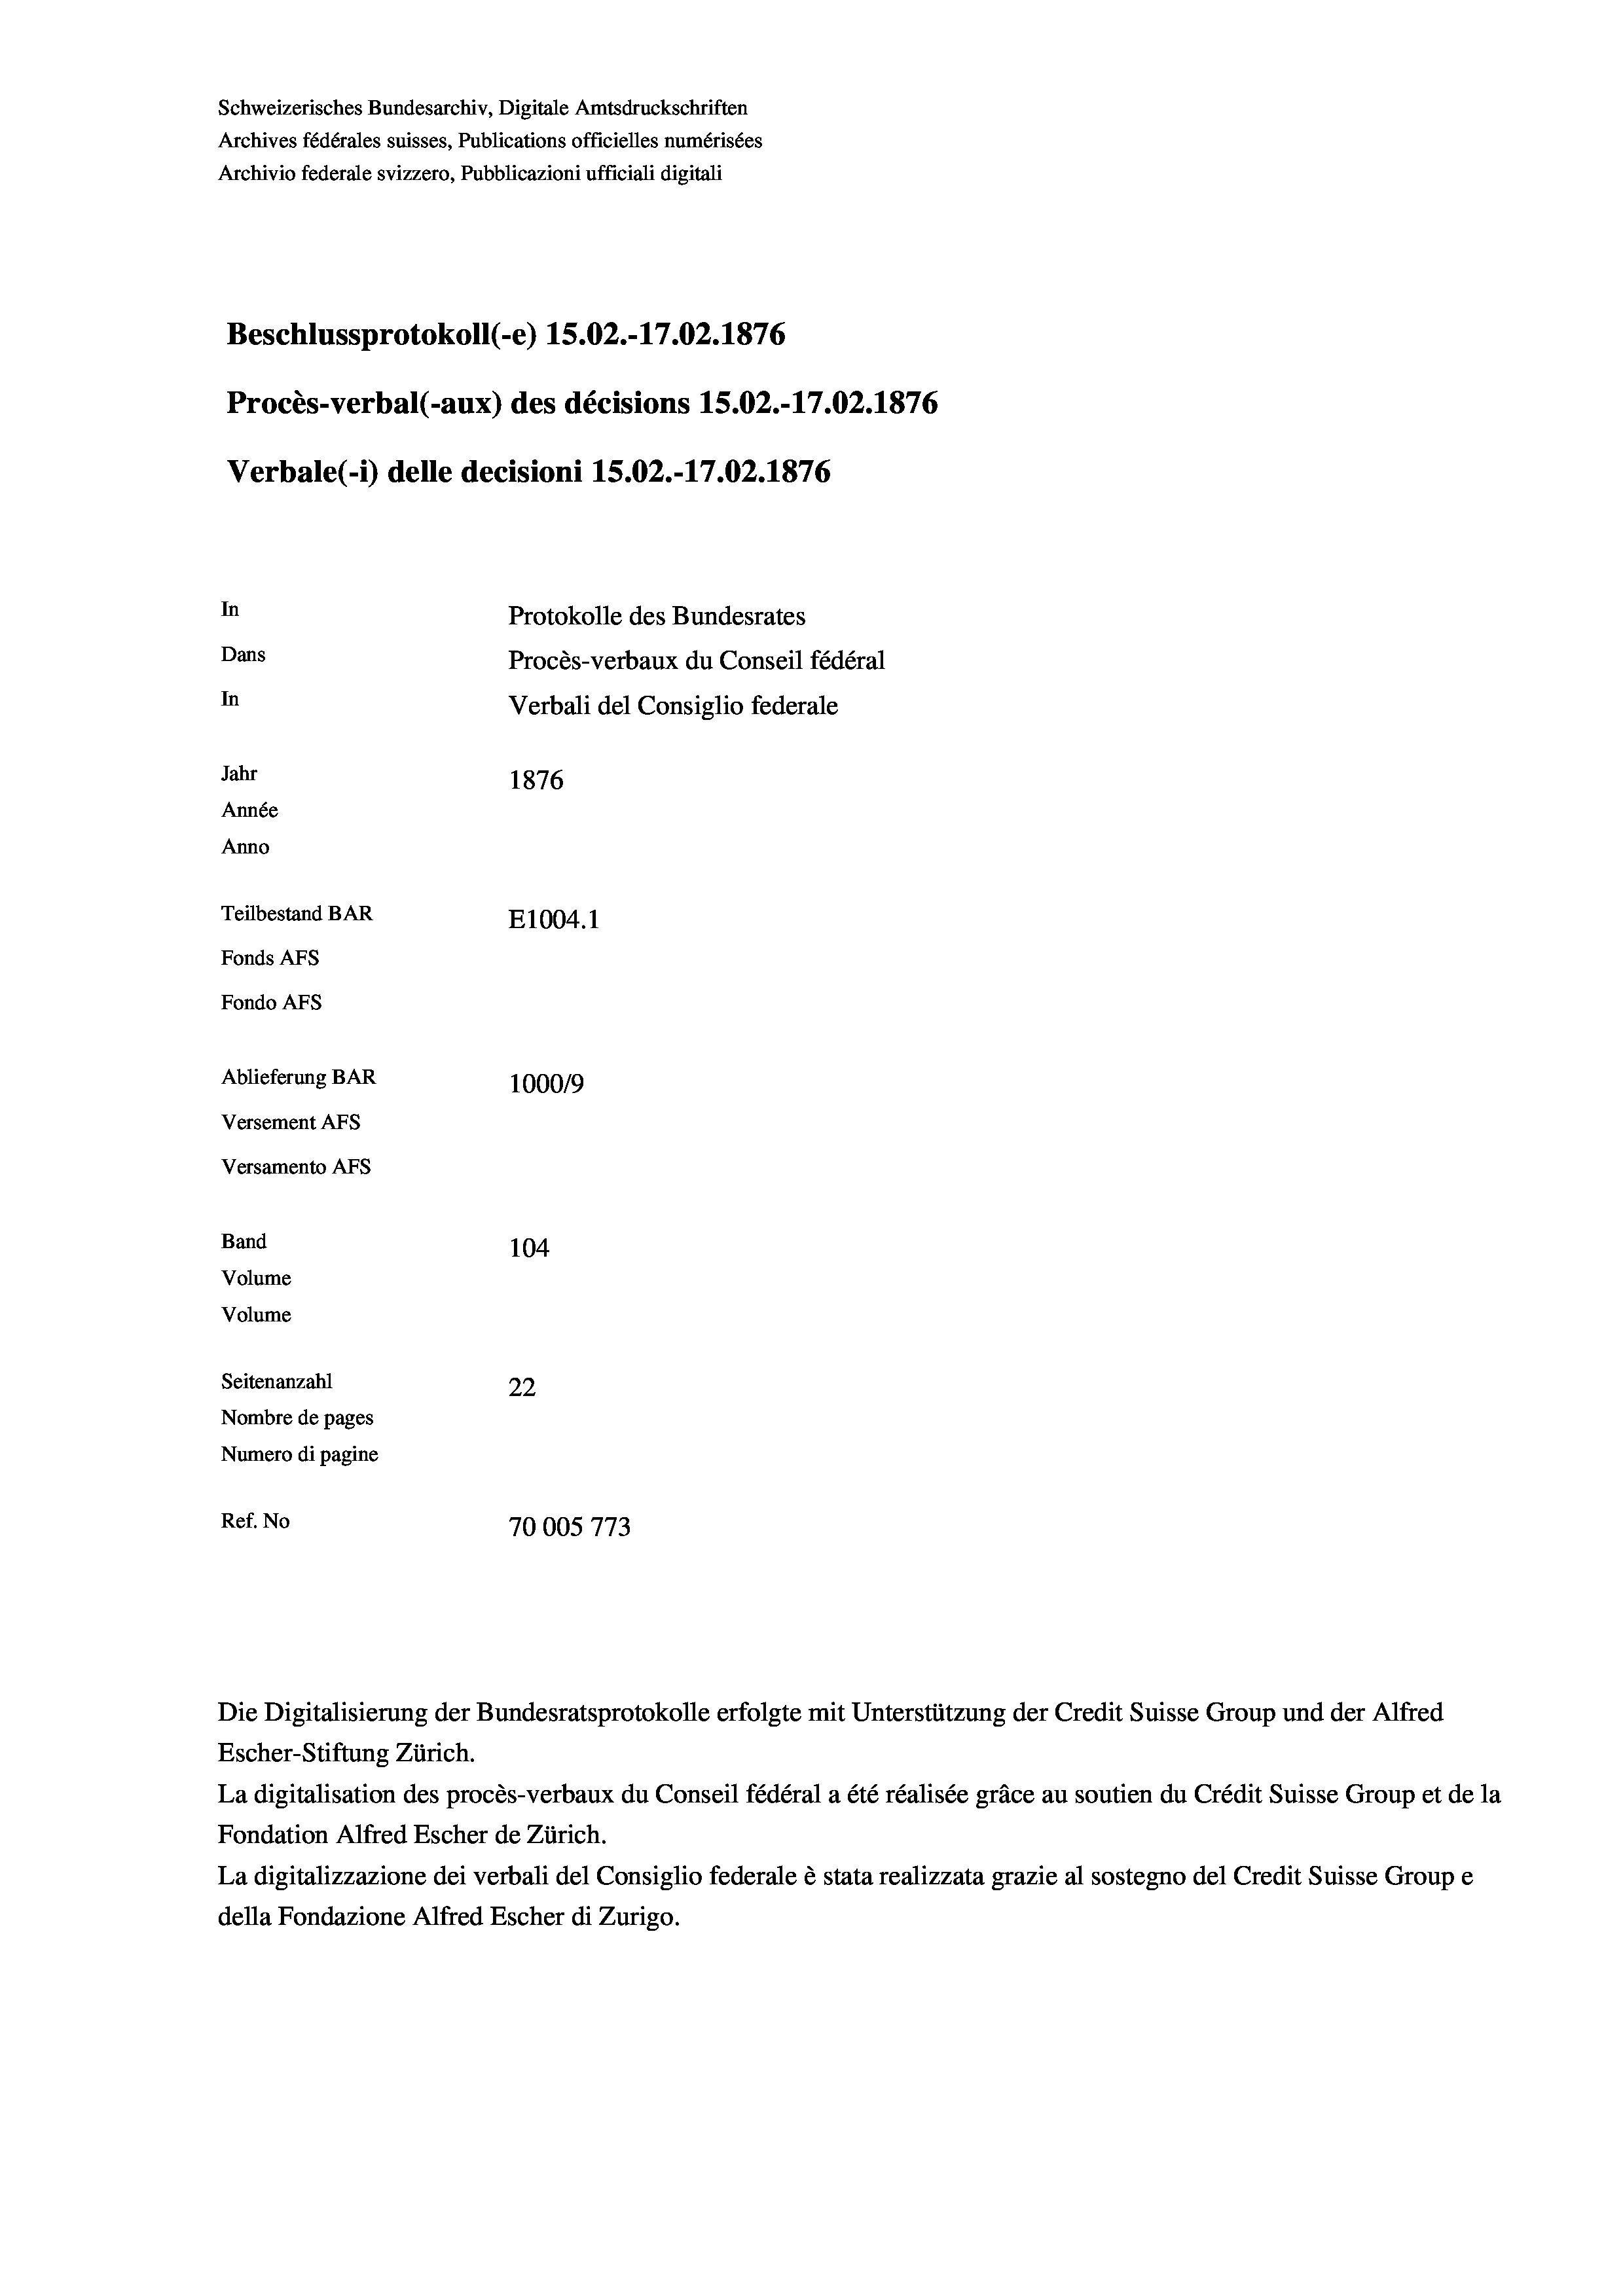
Schweizerisches Bundesarchiv, Digitale Amtsdruckschriften
Archives fédérales suisses, Publications officielles numérisées
Archivio federale svizzero, Pubblicazioni ufficiali digitali
Beschlussprotokoll (-e) 15.02.-17.02. 1876
Procès-verbal (-aux) des décisions 1S.02.-17.02. 1876
Verbale(*) delle decisioni 15.02.-17.02. 1876
In
Protokolle des Bundesrates
Dans
Procès-verbaux du Conseil fédéral
In
Verbali del Consiglio federale
Jahr
1876
Année
Anno
Teilbestand BAR
E1004.1
Fonds AFs
Fondo Afs
Ablieferung BAR
100019
Versement AFs
Versamento Afs
Band
104
Volume
Volume
Seitenanzahl
22
Nombre de pages
Numero di pagine
Ref. No
70005773

Escher-Stiftung Zürich.
La digitalisation des procès-verbaux du Conseil fédéral a été réalisée gräce au soutien du Crédit Suisse Group et de la
Fondation Alfred Escher de Zürich.
La digitalizzazione dei verbali del Consiglio federale è stata realizzata grazie al sostegno del Credit Suisse Groupe
della Fondazione Alfred Escher di Zurigo.

Die Digitalisierung der Bundesratsprotokolle erfolgte mit Unterstützung der Credit Suisse Group und der Alfred